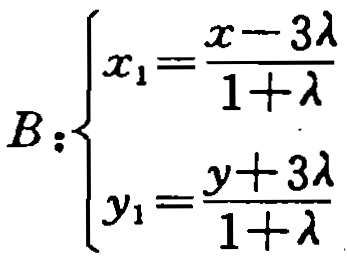
\[

B:\left\{

\begin{array}{l}

x_{1}=\frac{x - 3\lambda}{1+\lambda}\\

y_{1}=\frac{y + 3\lambda}{1+\lambda}

\end{array}

\right.

\]